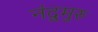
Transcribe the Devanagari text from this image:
नंदुमुरु